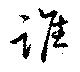
誰